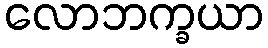
လောဘက္ခယာ